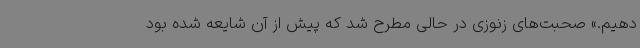
دهیم.» صحبت‌های زنوزی در حالی مطرح شد که پیش از آن شایعه شده بود